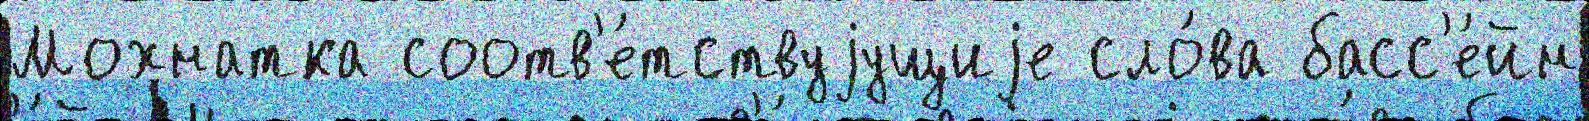
Мохнатка соотв'е́тствуjущиjе сло́ва басс'е́йн